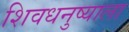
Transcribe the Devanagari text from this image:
शिवधनुष्याला